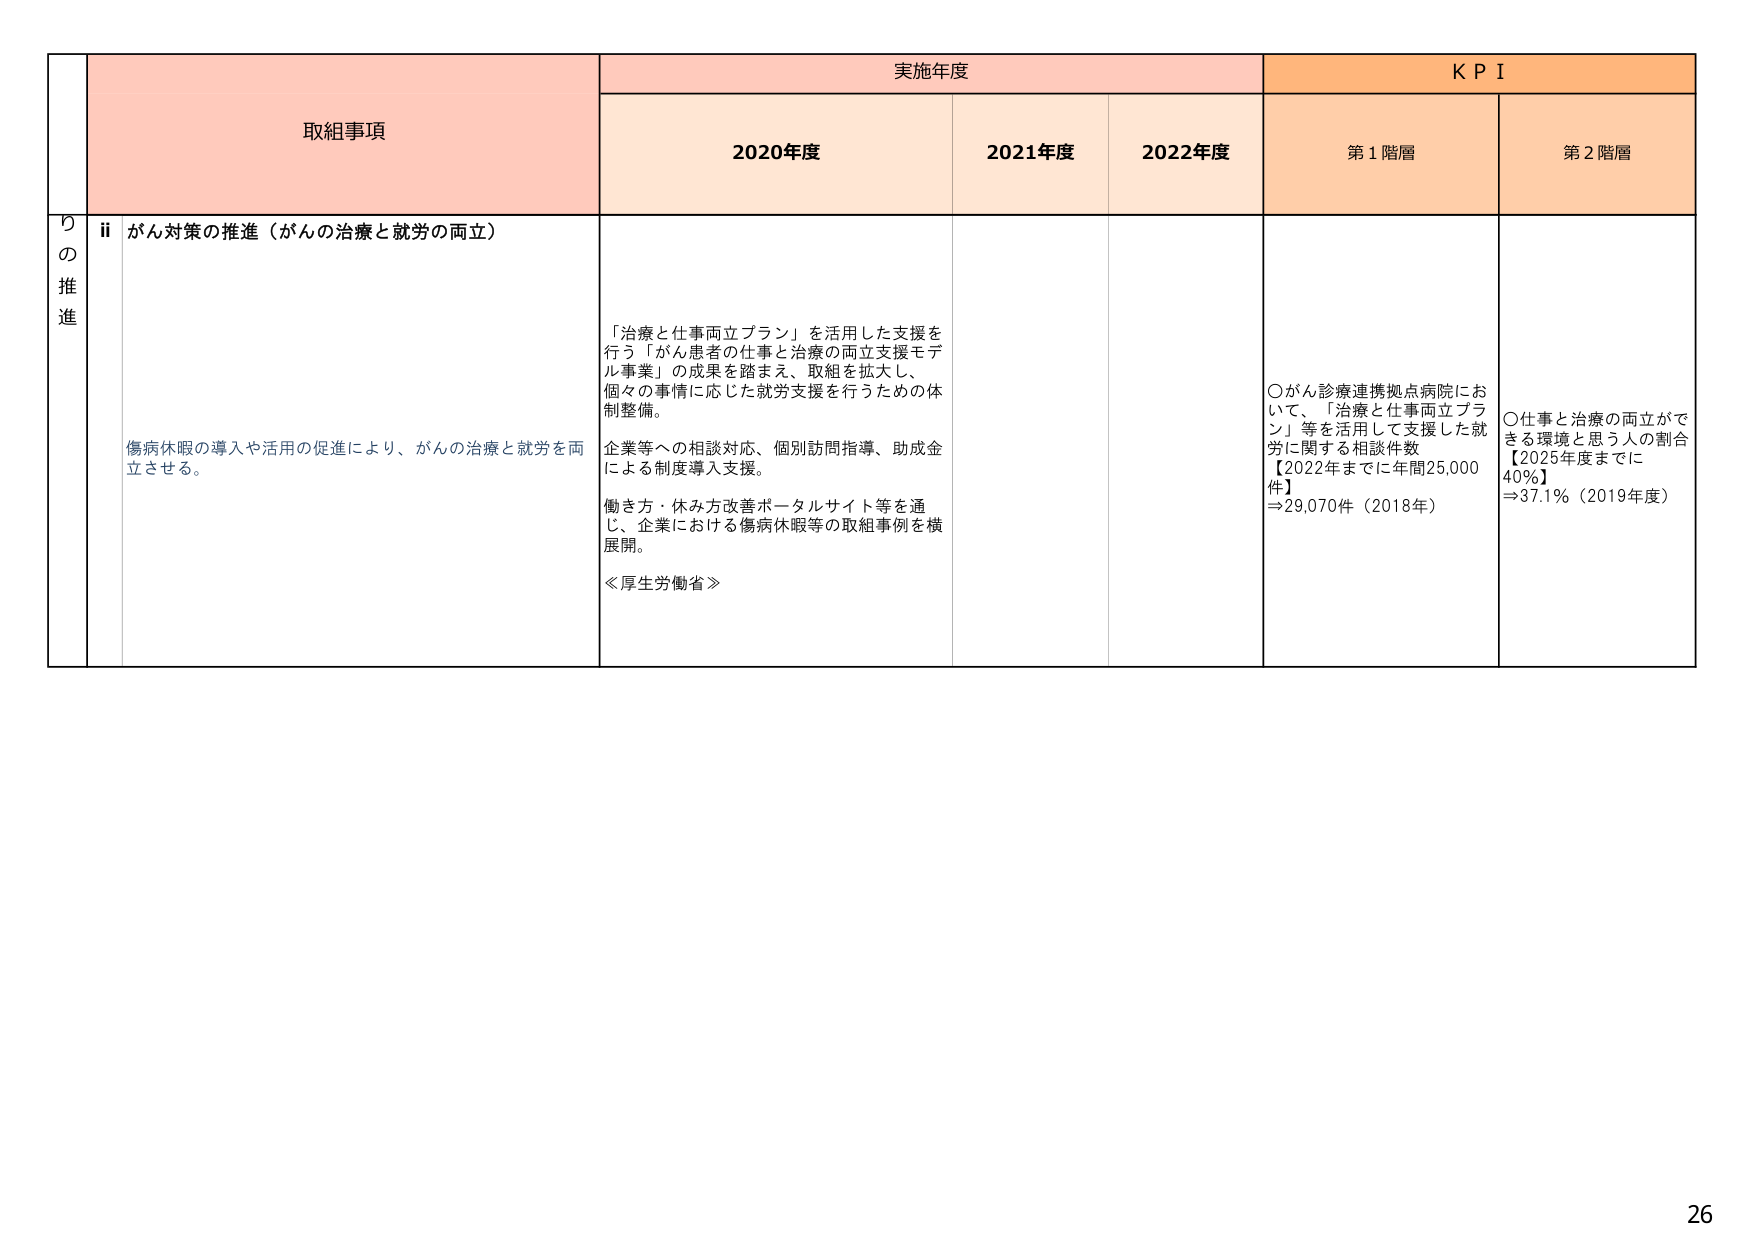
取組事項
実施年度
KPI
2020年度
2021年度
2022年度
第1階層
第2階層
りの推進
ii がん対策の推進（がんの治療と就労の両立）
傷病休暇の導入や活用の促進により、がんの治療と就労を両立させる。
「治療と仕事両立プラン」を活用した支援を行う「がん患者の仕事と治療の両立支援モデル事業」の成果を踏まえ、取組を拡大し、個々の事情に応じた就労支援を行うための体制整備。
企業等への相談対応、個別訪問指導、助成金による制度導入支援。
働き方・休み方改善ポータルサイト等を通じ、企業における傷病休暇等の取組事例を横展開。
≪厚生労働省≫
〇がん診療連携拠点病院において、「治療と仕事両立プラン」等を活用して支援した就労に関する相談件数【2022年までに年間25,000件】⇒29,070件（2018年）
〇仕事と治療の両立ができる環境と思う人の割合【2025年度までに40%】⇒37.1%（2019年度）
26